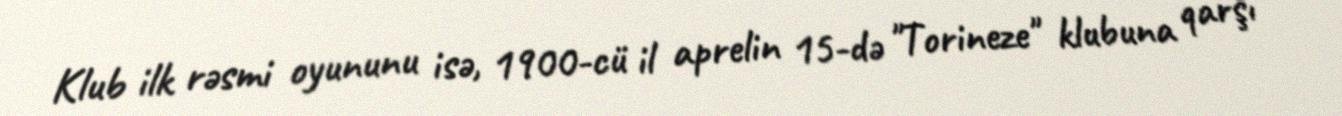
Klub ilk rəsmi oyununu isə, 1900-cü il aprelin 15-də "Torineze" klubuna qarşı